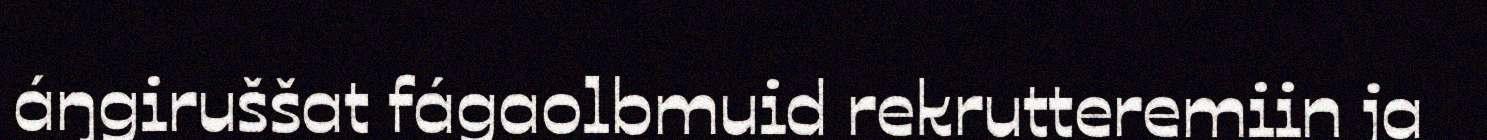
áŋgiruššat fágaolbmuid rekrutteremiin ja